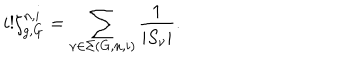
i ! \zeta _ { g , G } ^ { n , i } = \sum _ { \nu \in \Sigma ( G , n , i ) } \frac { 1 } { | S _ { \nu } | } .